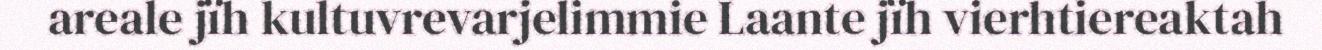
areale jïh kultuvrevarjelimmie Laante jïh vierhtiereaktah